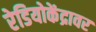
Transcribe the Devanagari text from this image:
रेडियोकेंद्रावर